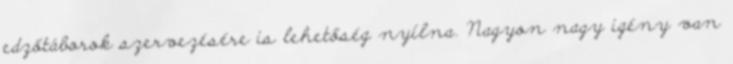
edzőtáborok szervezésére is lehetőség nyílna. Nagyon nagy igény van